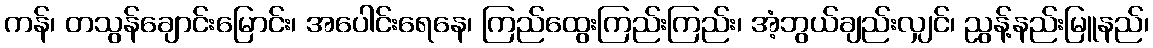
ကန်၊ တသွန်ချောင်းမြောင်း၊ အပေါင်းရေနေ၊ ကြည်ထွေးကြည်းကြည်း၊ အံ့ဘွယ်ချည်းလျှင်၊ ညွန့်နည်းမြူနည်၊